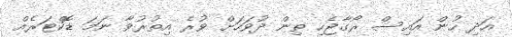
އަދި ހުން އައިސް ރޯގާޖެހި ތިން ދުވަހަށް ވުރެ އިތުރުވާ ނަމަ ޑޮކްޓަރެއް